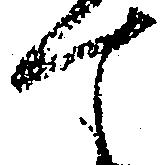
て